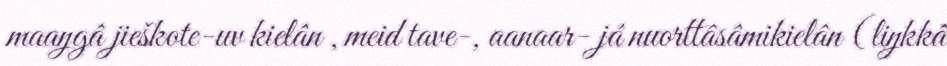
maaŋgâ jieškote-uv kielân , meid tave-, aanaar- já nuorttâsâmikielân (liŋkkâ